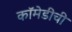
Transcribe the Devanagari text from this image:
कॉमेडीची